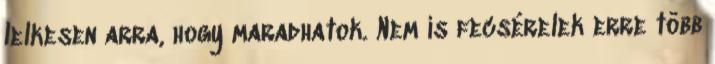
lelkesen arra, hogy maradhatok. Nem is fecsérelek erre több